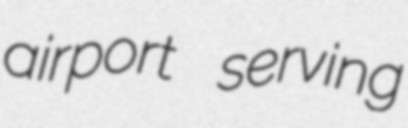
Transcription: airport serving